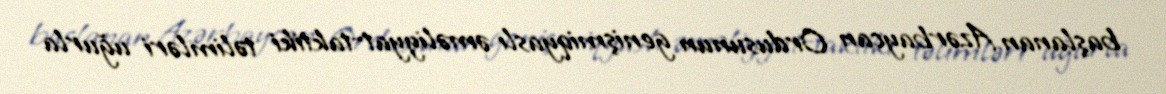
başlanan Azərbaycan Ordusunun genişmiqyaslı əməliyyat-taktiki təlimləri uğurla